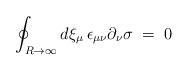
LaTeX: \begin{align*} \oint_{R \to \infty} d\xi_\mu \, \epsilon_{\mu\nu} \partial_\nu \sigma \;=\; 0\end{align*}